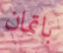
باتمان